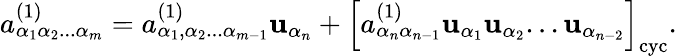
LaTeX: {a}_{\alpha_{1}\alpha_{2}...\alpha_{m}}^{(1)}={a}_{\alpha_{1},\alpha_{2}...\alpha_{m-1}}^{(1)}\mathbf{u}_{\alpha_{n}}+\left[{a}_{\alpha_{n}\alpha_{n-1}}^{(1)}\mathbf{u}_{\alpha_{1}}\mathbf{u}_{\alpha_{2}}...\mathbf{u}_{\alpha_{n-2}}\right]_{\mathrm{{cyc}}}.